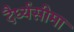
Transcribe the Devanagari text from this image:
दैर्ध्यसीमा